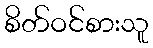
စိတ်ဝင်စားသူ